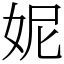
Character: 妮